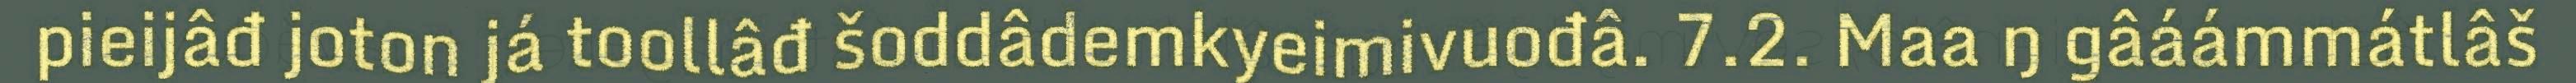
pieijâđ joton já toollâđ šoddâdemkyeimivuođâ. 7.2. Maa ŋ gâáámmátlâš